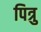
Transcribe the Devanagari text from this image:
पित्रु